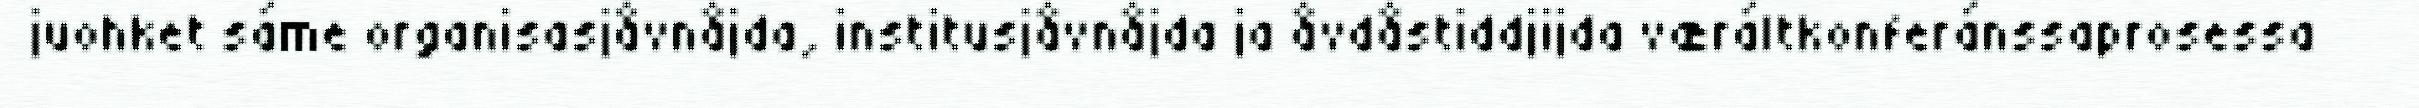
juohket sáme organisasjåvnåjda, institusjåvnåjda ja åvdåstiddjijda væráltkonferánssaprosessa